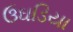
ઉઘડિયા